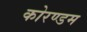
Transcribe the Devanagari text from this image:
कोरण्डम